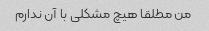
من مطلقا هیچ مشکلی با آن ندارم